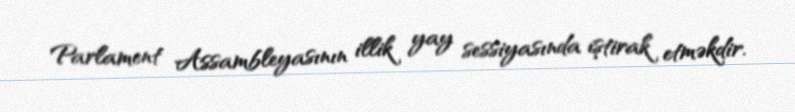
Parlament Assambleyasının illik yay sessiyasında iştirak etməkdir.